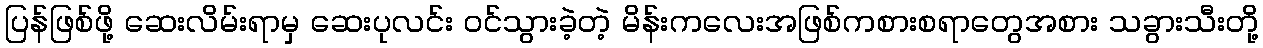
ပြန်ဖြစ်ဖို့ ဆေးလိမ်းရာမှ ဆေးပုလင်း ဝင်သွားခဲ့တဲ့ မိန်းကလေးအဖြစ်ကစားစရာတွေအစား သခွားသီးတို့